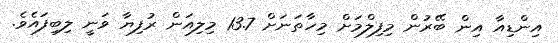
އިންޑިއާ އިން ބޭރުން މިފިލްމަށް މިހާތަނަށް 13.7 މިލިއަން ރުފިޔާ ވަނީ ލިބިފައެވެ.